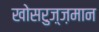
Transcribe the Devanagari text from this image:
खोसरुज़्ज़मान